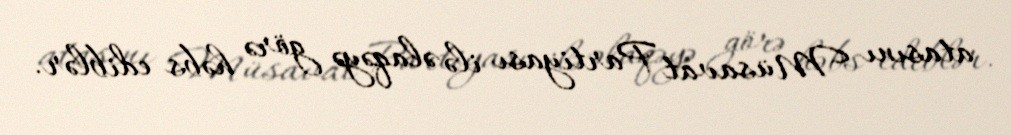
atasını Müsavat Partiyası ilə əlaqəyə görə həbs ediblər.